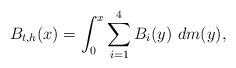
LaTeX: \begin{align*}B_{t,h}(x)= \int_{0}^x \sum_{i=1}^{4}B_i(y) \ dm(y),\end{align*}